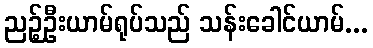
ညဉ့်ဦးယာမ်ရုပ်သည် သန်းခေါင်ယာမ်...